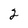
Character: 2